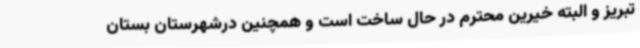
تبریز و البته خیرین محترم در حال ساخت است و همچنین درشهرستان بستان